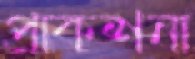
প্রাকশনা